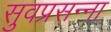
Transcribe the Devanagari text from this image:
सुवप्रसन्ना